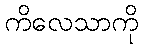
ကိလေသာကို